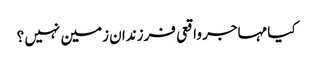
کیا مہاجر واقعی فرزندان زمین نہیں ؟